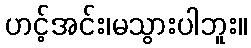
ဟင့်အင်း၊မသွားပါဘူး။